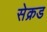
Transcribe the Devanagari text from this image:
सेक्रड